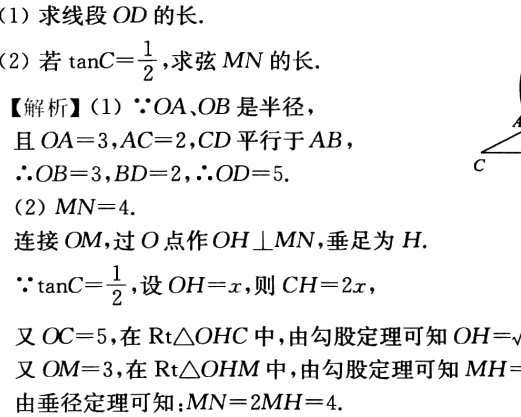
【解析】(1) $\because OA、OB$是半径，

且$OA = 3,AC = 2,CD$平行于$AB$，

$\therefore OB = 3,BD = 2,\therefore OD = 5.$

(2) $MN = 4.$

连接$OM$，过$O$点作$OH\perp MN$，垂足为$H.$

$\because \tan C=\frac{1}{2}$，设$OH = x$，则$CH = 2x$，

又$OC = 5$，在$\mathrm{Rt}\triangle OHC$中，由勾股定理可知$OH = \sqrt{}$

又$OM = 3$，在$\mathrm{Rt}\triangle OHM$中，由勾股定理可知$MH=$

由垂径定理可知：$MN = 2MH = 4.$